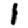
Digit: 1